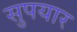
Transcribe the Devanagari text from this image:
सुपयार